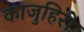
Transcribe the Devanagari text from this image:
काजुहिरो